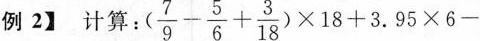
【例2】计算 $$( \frac { 7 } { 9 } - \frac { 5 } { 6 } + \frac { 3 } { 1 8 } ) \times 1 8 + 3 . 9 5 \times 6 -